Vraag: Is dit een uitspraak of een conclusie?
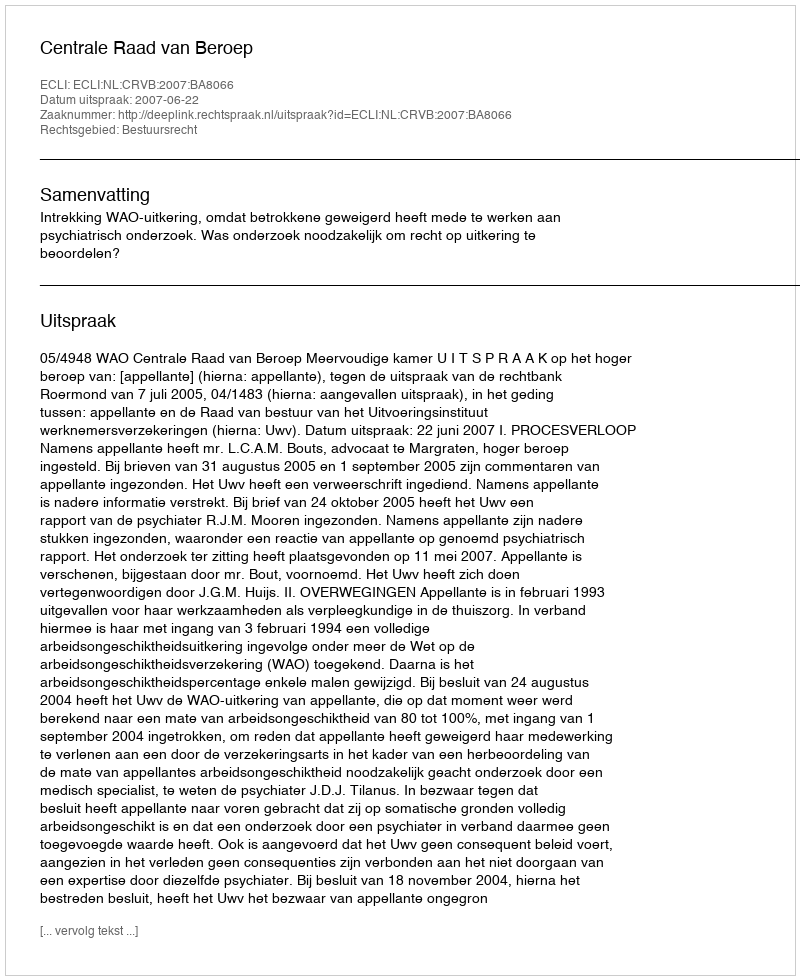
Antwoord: Uitspraak